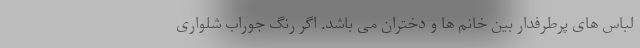
لباس های پرطرفدار بین خانم ها و دختران می باشد. اگر رنگ جوراب شلواری